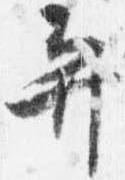
弁